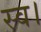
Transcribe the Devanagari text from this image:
स्‍व।